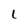
Character: 1